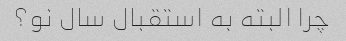
چرا البته به استقبال سال نو؟